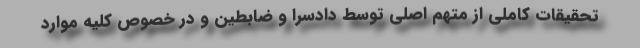
تحقیقات کاملی از متهم اصلی توسط دادسرا و ضابطین و در خصوص کلیه موارد